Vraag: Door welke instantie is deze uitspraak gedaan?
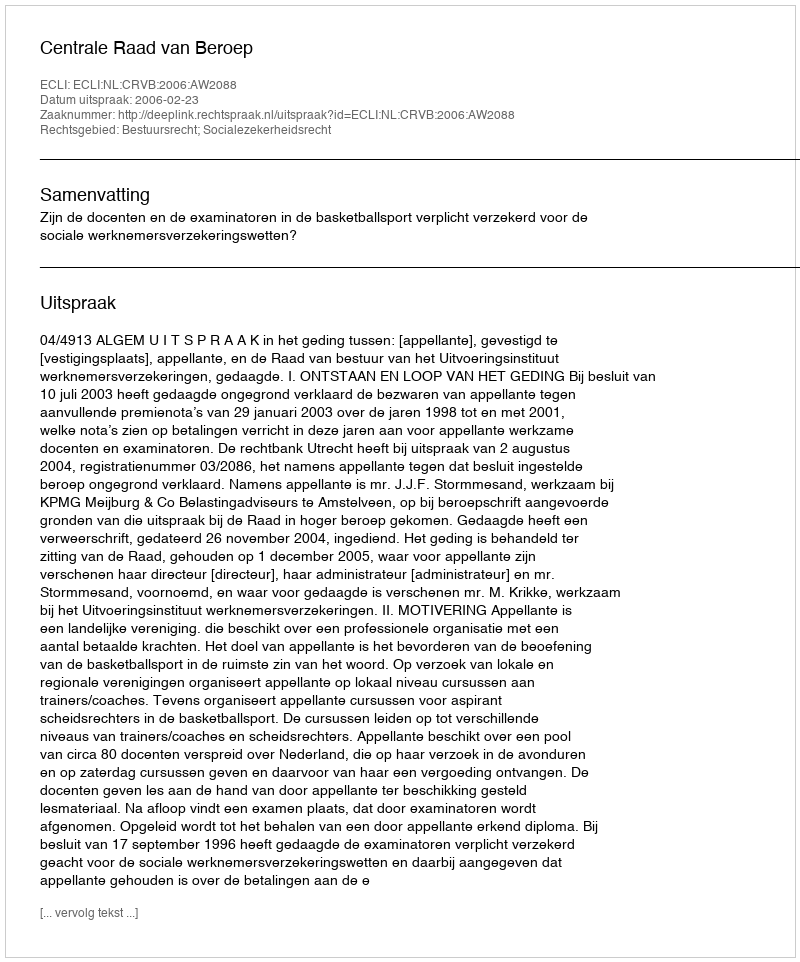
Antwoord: Centrale Raad van Beroep